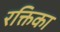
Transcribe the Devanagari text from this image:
रक्तिका